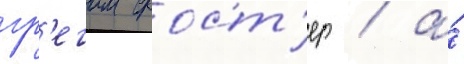
гр'егом фост'ер / а́